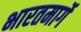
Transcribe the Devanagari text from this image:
भारतमार्गे